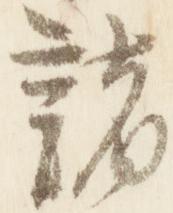
諸